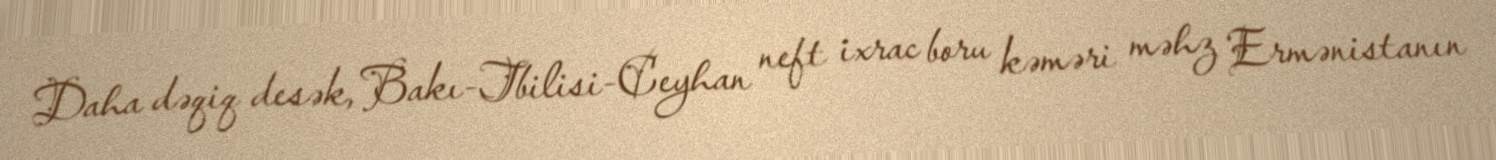
Daha dəqiq desək, Bakı-Tbilisi-Ceyhan neft ixrac boru kəməri məhz Ermənistanın